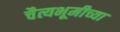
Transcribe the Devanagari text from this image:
चैत्यभूमीच्या